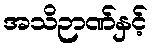
အသိဉာဏ်နှင့်